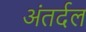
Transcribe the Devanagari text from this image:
अंतर्दल